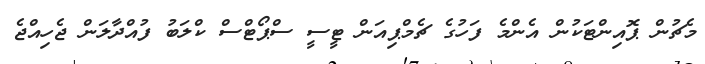
މެޗުން ޕޮއިންޓަކުން އެންމެ ފަހުގެ ޗެމްޕިއަން ޓީސީ ސްޕޯޓްސް ކްލަބު ފުއްދާލަން ޖެހިއްޖެ